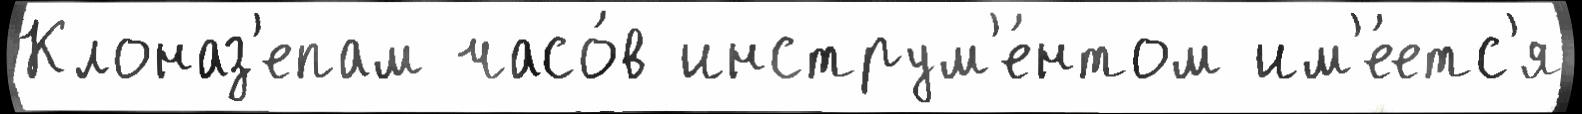
Клоназ'епам часо́в инструм'е́нтом им'е́етс'я